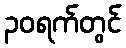
၃၀ရက်တွင်